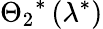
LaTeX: {{\Theta_{2}}^{*}}\left({{\lambda}^{*}}\right)